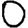
Digit: 0